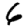
Digit: 6